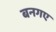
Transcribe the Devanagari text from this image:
बनगए